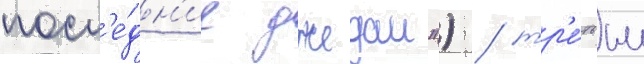
посл'е́дн'ие джедаи") / тр'е́тьим